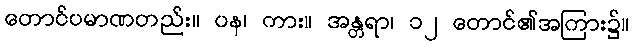
တောင်ပမာဏတည်း။ ပန၊ ကား။ အန္တရာ၊ ၁၂ တောင်၏အကြား၌။